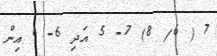
7 ( 6/ 8) 7- 5 އަދި 6- 1 އިން